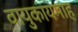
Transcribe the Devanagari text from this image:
वायुकायमाह